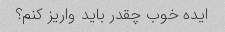
ایده خوب چقدر باید واریز کنم؟